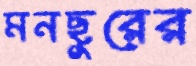
মনছুরের